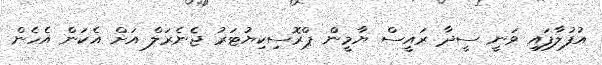
އުފުލާފައި ވަނީ ސީދާ ރައީސް ޔާމީން ޕްރޮސިކިޔުޓަރު ޖެނެރަލް އަށް އެކަން އެހެން